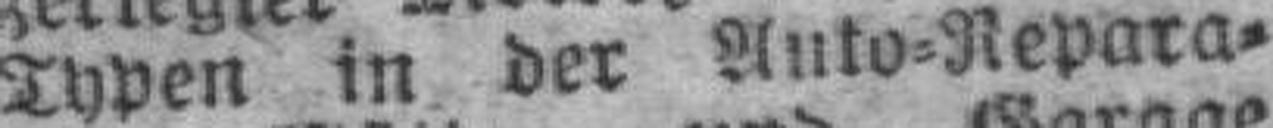
Typen in der Auto=Repara¬